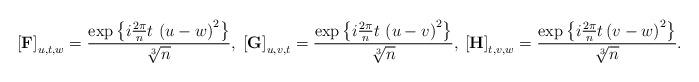
LaTeX: \begin{align*}\left[\mathbf{F}\right]_{u,t,w}=\frac{\exp\left\{ i\frac{2\pi}{n}t\,\left(u-w\right)^{2}\right\} }{\sqrt[3]{n}},\;\left[\mathbf{G}\right]_{u,v,t}=\frac{\exp\left\{ i\frac{2\pi}{n}t\,\left(u-v\right)^{2}\right\} }{\sqrt[3]{n}},\:\left[\mathbf{H}\right]_{t,v,w}=\frac{\exp\left\{ i\frac{2\pi}{n}t\left(v-w\right)^{2}\right\} }{\sqrt[3]{n}}.\end{align*}